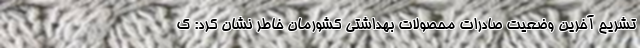
تشریح آخرین وضعیت صادرات محصولات بهداشتی کشورمان خاطر نشان کرد: ک